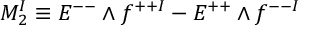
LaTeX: M _ { 2 } ^ { I } \equiv E ^ { -- } \wedge f ^ { + + I } - E ^ { + + } \wedge f ^ { -- I }